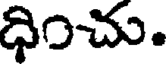
ధించు.